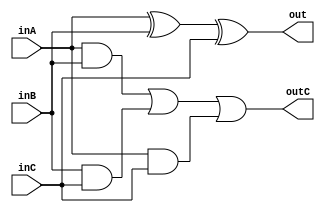
`timescale 1ns / 1ps
//////////////////////////////////////////////////////////////////////////////////
// Company: Madilu
// 
// Design Name: 
// Module Name: fullAdder
// Project Name: 
// Target Devices: Xilinx Boolean Spartan 7
// Tool Versions: Vivado 21
// Description: 1 bit full adder
// 
// Dependencies: 
// 
// Revision:
// Revision 0.01 - File Created
// Additional Comments:
// 
//////////////////////////////////////////////////////////////////////////////////


module fullAdder(out, outC, inA, inB, inC);
    input inA, inB, inC;
    output out, outC;
    
    assign out = (inA^inB^inC);
    assign outC =((inA&inB)|(inB&inC)|(inA&inC));
endmodule